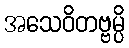
အသေဝိတဗ္ဗမ္ပိ